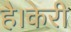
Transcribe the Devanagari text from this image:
है।केरी